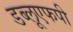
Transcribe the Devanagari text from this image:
डब्लूएफपी